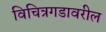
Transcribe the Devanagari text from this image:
विचित्रगडावरील